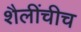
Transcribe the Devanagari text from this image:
शैलींचीच